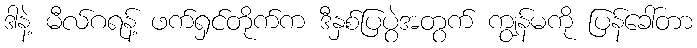
ဒါနဲ့ မီလ်ဂရန့် ဖက်ရှင်တိုက်က ဒီနှစ်ပြပွဲအတွက် ကျွန်မကို ပြန်ခေါ်တာ